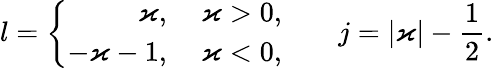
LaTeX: l=\left\{ \begin{array}{rl}{\varkappa,}&{{}\: \varkappa>0,}\\ {-\varkappa-1,}&{{}\: \varkappa<0,}\end{array}\right.\qquad j=|\varkappa|-\frac{1}{2}.